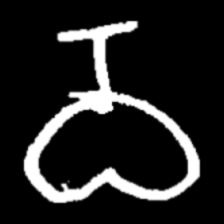
Pyu character \u2014 Myanmar letter: ဝ (romanized: wa)